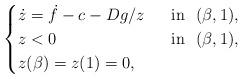
LaTeX: \begin{align*}\begin{cases}\dot{z}=\dot{f}-c- Dg/z \ &\mbox{ in } \ (\beta, 1),\\z<0 \ &\mbox{ in } \ (\beta, 1),\\z(\beta)=z(1)=0,\end{cases}\end{align*}